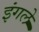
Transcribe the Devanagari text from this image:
इंगले